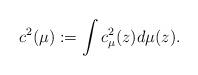
LaTeX: \begin{align*}c^2(\mu):=\int c^2_\mu(z)d\mu(z).\end{align*}